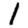
Digit: 1